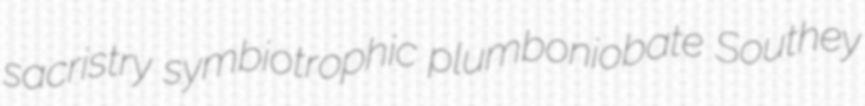
sacristry symbiotrophic plumboniobate Southey